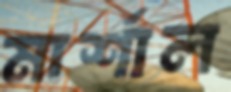
মার্শাল